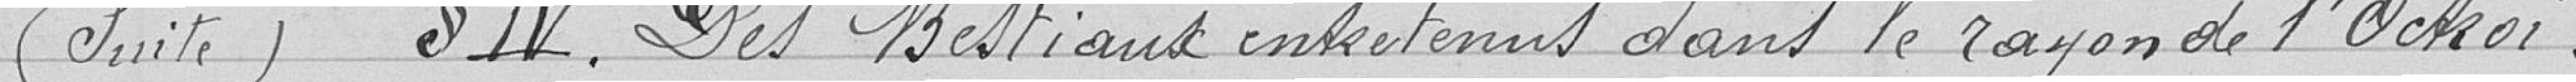
(suite) § IV. Des bestiaux entretenus dans le rayon de l'Octroi